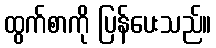
ထွက်စာကို ပြန်ပေးသည်။